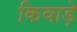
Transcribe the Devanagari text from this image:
किवाड़े